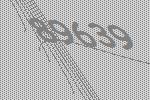
89639